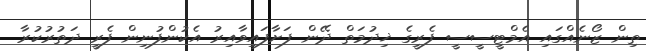
ތިން ޒޯނެއްގައި އެމްޓީސީސީ ފެރީގެ ޚިދުމަތް ދޭން ފަށާފައިވާއިރު އެކުންފުނިން ފެރީ ދަތުރުކުރާ